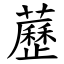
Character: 藶